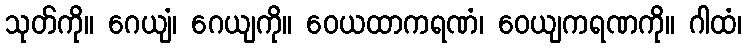
သုတ်ကို။ ဂေယျံ၊ ဂေယျကို။ ဝေယထာကရဏံ၊ ဝေယျကရဏကို။ ဂါထံ၊